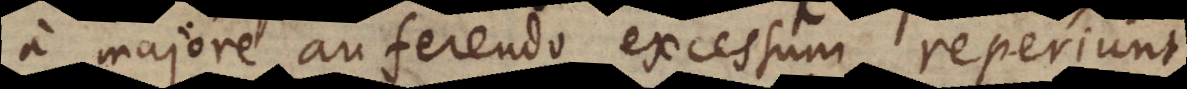
a majore auferendo excessum reperiunt.